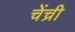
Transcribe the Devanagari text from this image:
चेंच्री